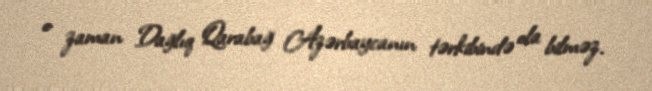
o zaman Dağlıq Qarabağ Azərbaycanın tərkibində ola bilməz.